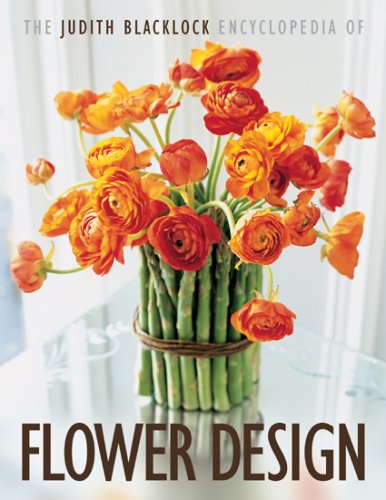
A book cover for The Judith Blacklock's Encyclopedia of Flower Design; Judith Blacklock; Crafts, Hobbies & Home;